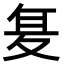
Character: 𭐥